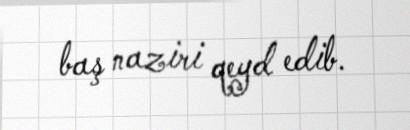
baş naziri qeyd edib.